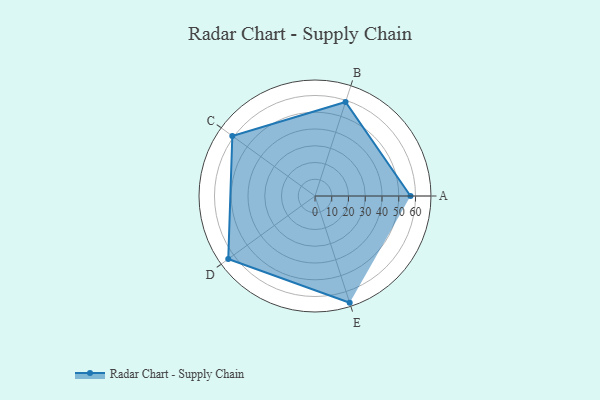
{"axis": {"x": "Skill", "y": "Score"}, "legend": ["Profile"], "data": [{"x": "A", "y": 57.0, "type": "Profile"}, {"x": "B", "y": 59.0, "type": "Profile"}, {"x": "C", "y": 61.0, "type": "Profile"}, {"x": "D", "y": 64.0, "type": "Profile"}, {"x": "E", "y": 67.0, "type": "Profile"}]}